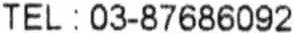
TEL : 03-87686092